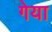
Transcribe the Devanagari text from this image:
गेया